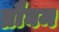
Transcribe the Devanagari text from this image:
ब्रौघम